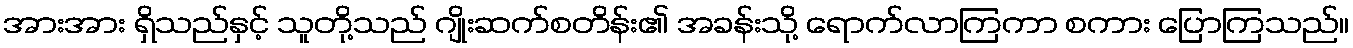
အားအား ရှိသည်နှင့် သူတို့သည် ဂျိုးဆက်စတိန်း၏ အခန်းသို့ ရောက်လာကြကာ စကား ပြောကြသည်။